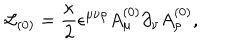
LaTeX: { \cal L } _ { ( 0 ) } = \frac { \kappa } { 2 } \epsilon ^ { \mu \nu \rho } A _ { \mu } ^ { ( 0 ) } \partial _ { \nu } A _ { \rho } ^ { ( 0 ) } ,